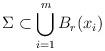
LaTeX: \begin{align*}\Sigma \subset \bigcup_{i=1}^m B_r(x_i)\end{align*}